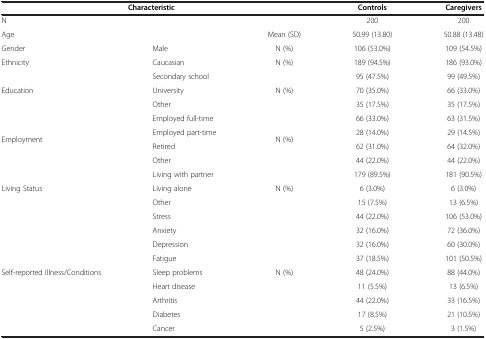
<table><thead><tr><td colspan="3"><b>Characteristic</b></td><td><b>Controls</b></td><td><b>Caregivers</b></td></tr></thead><tbody><tr><td colspan="3">N</td><td>200</td><td>200</td></tr><tr><td colspan="2">Age</td><td>Mean (SD)</td><td>50.99 (13.80)</td><td>50.88 (13.48)</td></tr><tr><td>Gender</td><td>Male</td><td>N (%)</td><td>106 (53.0%)</td><td>109 (54.5%)</td></tr><tr><td>Ethnicity</td><td>Caucasian</td><td>N (%)</td><td>189 (94.5%)</td><td>186 (93.0%)</td></tr><tr><td rowspan="3">Education</td><td>Secondary school</td><td rowspan="3">N (%)</td><td>95 (47.5%)</td><td>99 (49.5%)</td></tr><tr><td>University</td><td>70 (35.0%)</td><td>66 (33.0%)</td></tr><tr><td>Other</td><td>35 (17.5%)</td><td>35 (17.5%)</td></tr><tr><td rowspan="4">Employment</td><td>Employed full-time</td><td rowspan="4">N (%)</td><td>66 (33.0%)</td><td>63 (31.5%)</td></tr><tr><td>Employed part-time</td><td>28 (14.0%)</td><td>29 (14.5%)</td></tr><tr><td>Retired</td><td>62 (31.0%)</td><td>64 (32.0%)</td></tr><tr><td>Other</td><td>44 (22.0%)</td><td>44 (22.0%)</td></tr><tr><td rowspan="3">Living Status</td><td>Living with partner</td><td rowspan="3">N (%)</td><td>179 (89.5%)</td><td>181 (90.5%)</td></tr><tr><td>Living alone</td><td>6 (3.0%)</td><td>6 (3.0%)</td></tr><tr><td>Other</td><td>15 (7.5%)</td><td>13 (6.5%)</td></tr><tr><td rowspan="8">Self-reported Illness/Conditions</td><td>Stress</td><td rowspan="8">N (%)</td><td>44 (22.0%)</td><td>106 (53.0%)</td></tr><tr><td>Anxiety</td><td>32 (16.0%)</td><td>72 (36.0%)</td></tr><tr><td>Depression</td><td>32 (16.0%)</td><td>60 (30.0%)</td></tr><tr><td>Fatigue</td><td>37 (18.5%)</td><td>101 (50.5%)</td></tr><tr><td>Sleep problems</td><td>48 (24.0%)</td><td>88 (44.0%)</td></tr><tr><td>Heart disease</td><td>11 (5.5%)</td><td>13 (6.5%)</td></tr><tr><td>Arthritis</td><td>44 (22.0%)</td><td>33 (16.5%)</td></tr><tr><td>Diabetes</td><td>17 (8.5%)</td><td>21 (10.5%)</td></tr><tr><td> </td><td>Cancer</td><td> </td><td>5 (2.5%)</td><td>3 (1.5%)</td></tr></tbody></table>